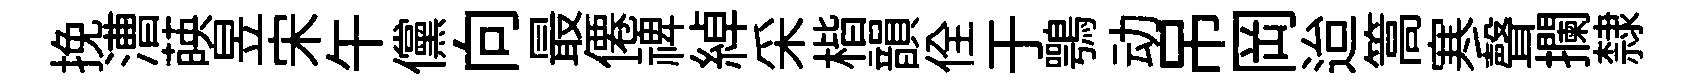
挽漕𦴤昱宋午儻向最僊禆綽采楷韻佺于鶚动吊岡迨篙寒聲攔隸